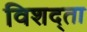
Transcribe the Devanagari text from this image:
विशद्ता